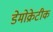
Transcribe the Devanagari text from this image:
डेेमोक्रेटीक